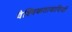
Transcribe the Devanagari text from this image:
वैश्विकतावादियों